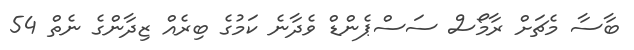
ބާސާ މެޗަށް ރާމޯސް ސަސްޕެންޑް ވެދާނެ ކަމުގެ ބިރެއް ޒިދާންގެ ނެތް 54